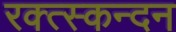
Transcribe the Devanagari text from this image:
रक्त्स्कन्दन